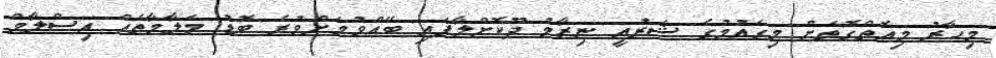
މިހާރު މިއޮތްގޮތަށް މިގައުމުގެ ޝަރުއީ ނިޒާމު ދޫކޮށްލާފައި ބޭއްވުމަށްވުރެ ބޮޑު މަލާމާތެއް އިސްލާމް